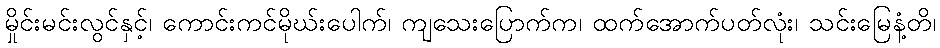
မှိုင်းမင်းလွင်နှင့်၊ ကောင်းကင်မိုဃ်းပေါက်၊ ကျသေးပြောက်က၊ ထက်အောက်ပတ်လုံး၊ သင်းမြေနံ့တိ၊